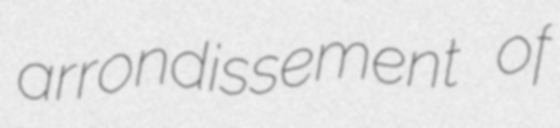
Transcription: arrondissement of